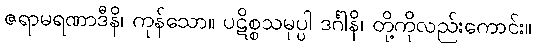
ဇရာမရဏာဒီနိ၊ ကုန်သော။ ပဋိစ္စသမုပ္ပါ ဒင်္ဂါနိ၊ တို့ကိုလည်းကောင်း။